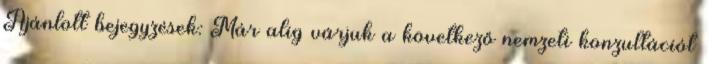
Ajánlott bejegyzések: Már alig várjuk a következő nemzeti konzultációt